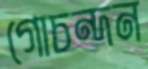
গোচন্দন